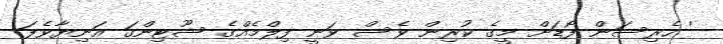
' ހެރިސަން ފޯޑަށް މީގެ ކުރިން ވެސް ވަނީ ފިލްމެއްގެ ޝޫޓިންގަ އަނިޔާވެފަ